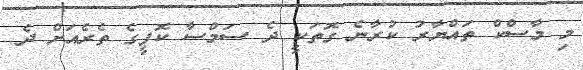
މި މާސްކް ތައްޔާރު ކުރާނެ ގޮތަކީ ދެ ސަމްސާ ކޮފީގެ ތެރެއަށް ދެ